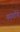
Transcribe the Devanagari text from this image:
कार्गोचे